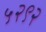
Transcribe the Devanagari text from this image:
५२९२